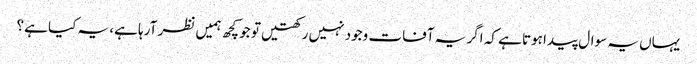
یہاں یہ سوال پیدا ہوتا ہے کہ اگر یہ آفات وجود نہیں رکھتیں تو جو کچھ ہمیں نظر آرہا ہے، یہ کیا ہے؟